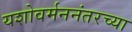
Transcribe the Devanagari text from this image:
यशोवर्मननंतरच्या